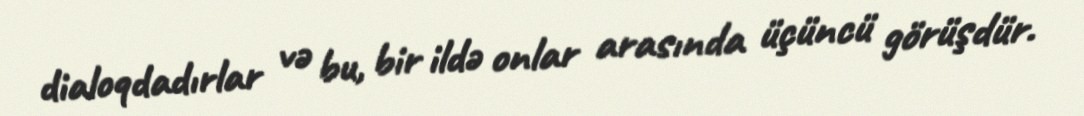
dialoqdadırlar və bu, bir ildə onlar arasında üçüncü görüşdür.